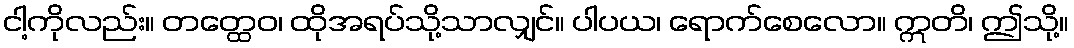
ငါ့ကိုလည်း။ တတ္ထေဝ၊ ထိုအရပ်သို့သာလျှင်။ ပါပယ၊ ရောက်စေလော။ ဣတိ၊ ဤသို့။